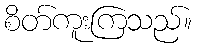
စိတ်ကူးကြသည်။